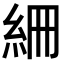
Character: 𥿑